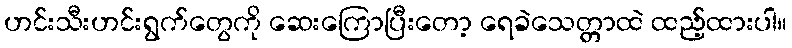
ဟင်းသီးဟင်းရွက်တွေကို ဆေးကြောပြီးတော့ ရေခဲသေတ္တာထဲ ထည့်ထားပါ။